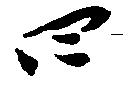
四